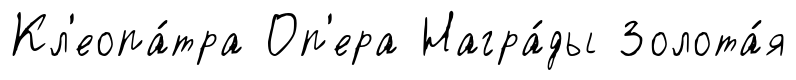
Кл'еопа́тра Оп'ера Награ́ды Золота́я